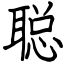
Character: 聪